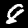
Digit: 8